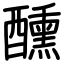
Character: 醺